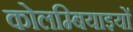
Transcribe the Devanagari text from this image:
कोलम्बियाइयों